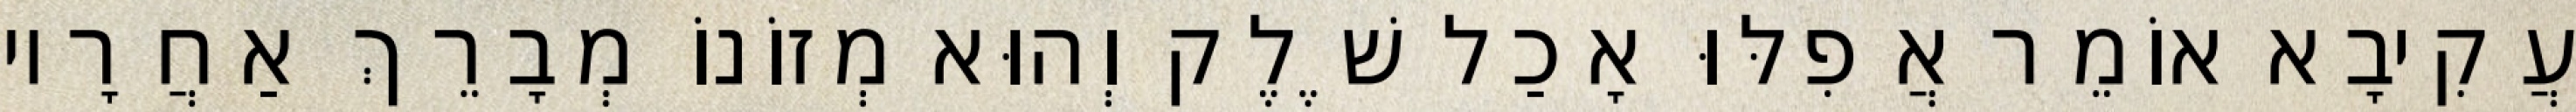
עֲקִיבָא אוֹמֵר אֲפִלּוּ אָכַל שֶׁלֶק וְהוּא מְזוֹנוֹ מְבָרֵךְ אַחֲרָיו